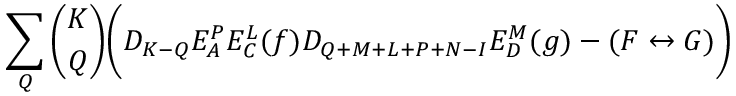
\sum _ { Q } { \binom { K } { Q } } \biggl ( D _ { K - Q } E _ { A } ^ { P } E _ { C } ^ { L } ( f ) D _ { Q + M + L + P + N - I } E _ { D } ^ { M } ( g ) - ( F \leftrightarrow G ) \biggr )